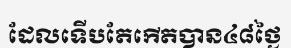
ដែលទើបតែកើតបាន៤៨ថ្ងៃ